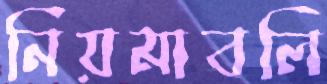
নিয়মাবলি